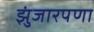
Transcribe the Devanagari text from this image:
झुंजारपणा